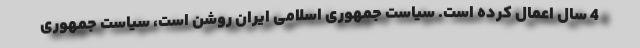
4 سال اعمال کرده است. سیاست جمهوری اسلامی ایران روشن است، سیاست جمهوری